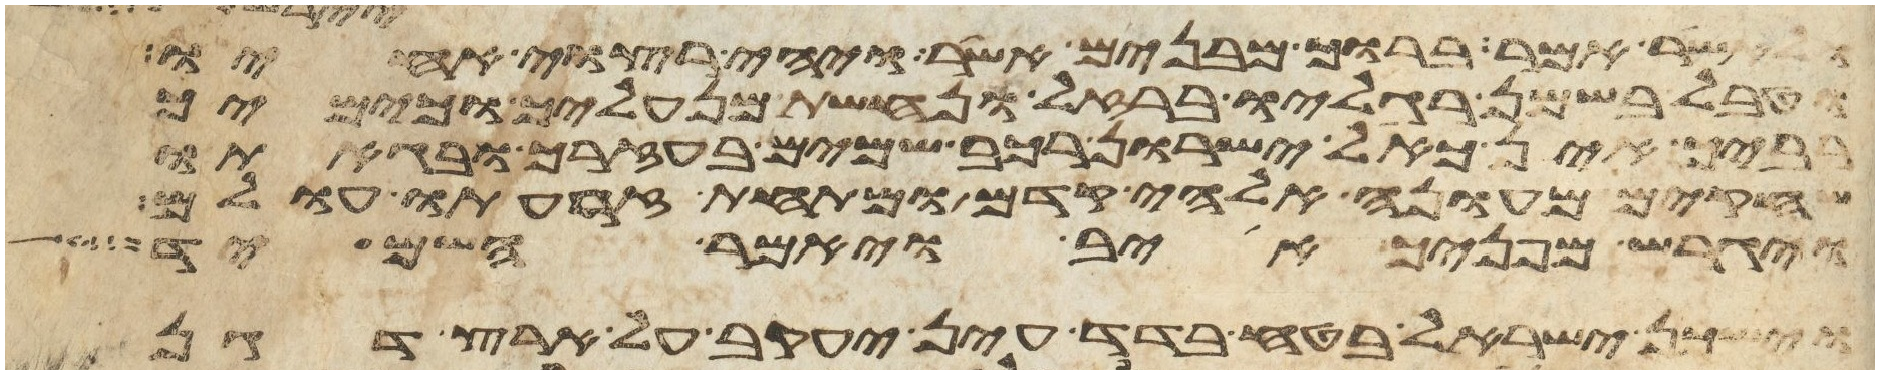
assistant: ולאשר אמר ברוך מבנים אשר ויהי רצוי אחיו
וטבל בשמן רגליו ברזל ונחשת מנעליך וכימיך
רביך אין כאל ישרון רכב שמים בעזרך ובגאתו
שחקים מעונה אלהי קדם ומתחת זרועת עולם
ויגרש מפניך אויב ויאמר השמיד
וישכן ישראל בטח בדד עין יעקב על ארץ דגן